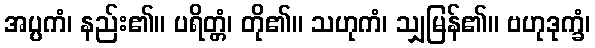
အပ္ပကံ၊ နည်း၏။ ပရိတ္တံ၊ တို၏။ သဟုကံ၊ သျှမြန်၏။ ဗဟုဒုက္ခံ၊